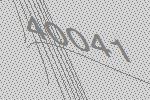
40041